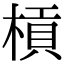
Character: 槓